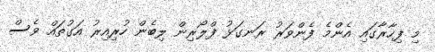
މި ފިހާރާގައި އެންމެ ފެންވަރު ރަނގަޅު ފްލޯރިން ލިބެން ހުރިއިރު އަގުތައް ވެސް